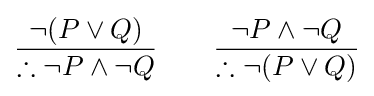
{\frac {\neg (P\lor Q)}{\therefore \neg P\land \neg Q}}\qquad {\frac {\neg P\land \neg Q}{\therefore \neg (P\lor Q)}}